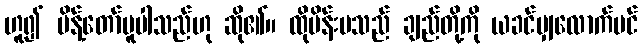
ဟူ၍ မိန့်တော်မူပါသည်ဟု ဆို၏။ ထိုမိန်းမသည် ချည်တို့ကို ယခင်မျှလောက်ပင်